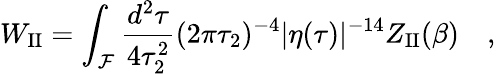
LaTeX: W_{\mathrm{II}}=\int_{\cal F}{\frac{d^{2}\tau}{4\tau_{2}^{2}}}(2\pi\tau_{2})^{-4}|\eta(\tau)|^{-14}Z_{\mathrm{II}}(\beta)\quad,